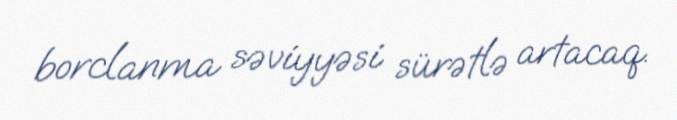
borclanma səviyyəsi sürətlə artacaq.